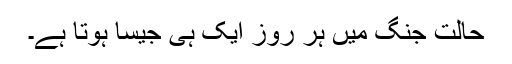
حالتِ جنگ میں ہر روز ایک ہی جیسا ہوتا ہے۔